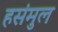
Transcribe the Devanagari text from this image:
हसंमुल